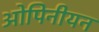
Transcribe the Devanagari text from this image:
ओपिनीयन